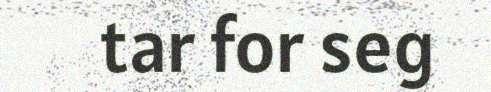
tar for seg